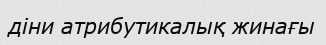
діни атрибутикалық жинағы